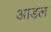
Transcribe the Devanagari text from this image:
आडल